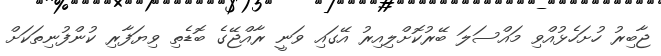
ޖާބިރު ހުށަހެޅުއްވި މައްސަލަ ބޭރުކޮށްލިއިރު އޭގައި ވަނީ ރާއްޖޭގެ ބޮޑެތި ވިޔަފާރި ކުންފުނިތަކަށް